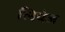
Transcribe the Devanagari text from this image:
लिपेज